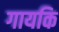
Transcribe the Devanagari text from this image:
गायकि